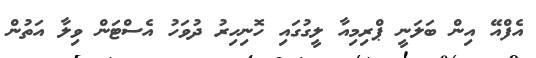
އެފްއޭ އިން ބަލަނީ ޕްރިމިއާ ލީގުގައި ހޮނިހިރު ދުވަހު އެސްޓަން ވިލާ އަތުން